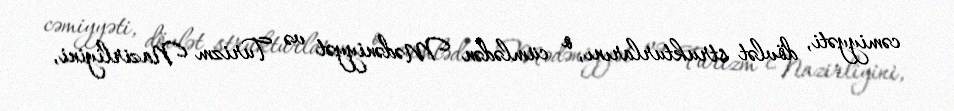
cəmiyyəti, dövlət strukturlarını, o cümlədən Mədəniyyət və Turizm Nazirliyini,